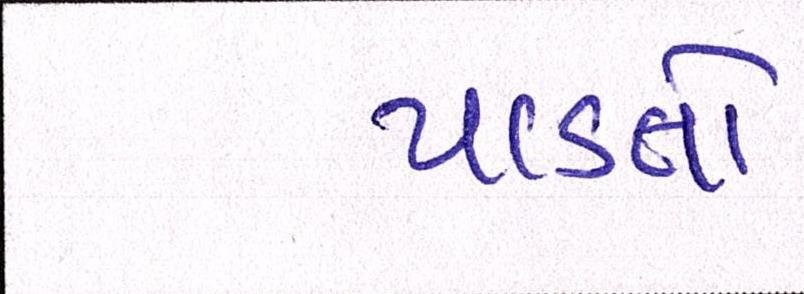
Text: પાડતો